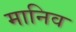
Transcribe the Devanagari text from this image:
मानिव